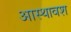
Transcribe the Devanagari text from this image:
आस्थावश